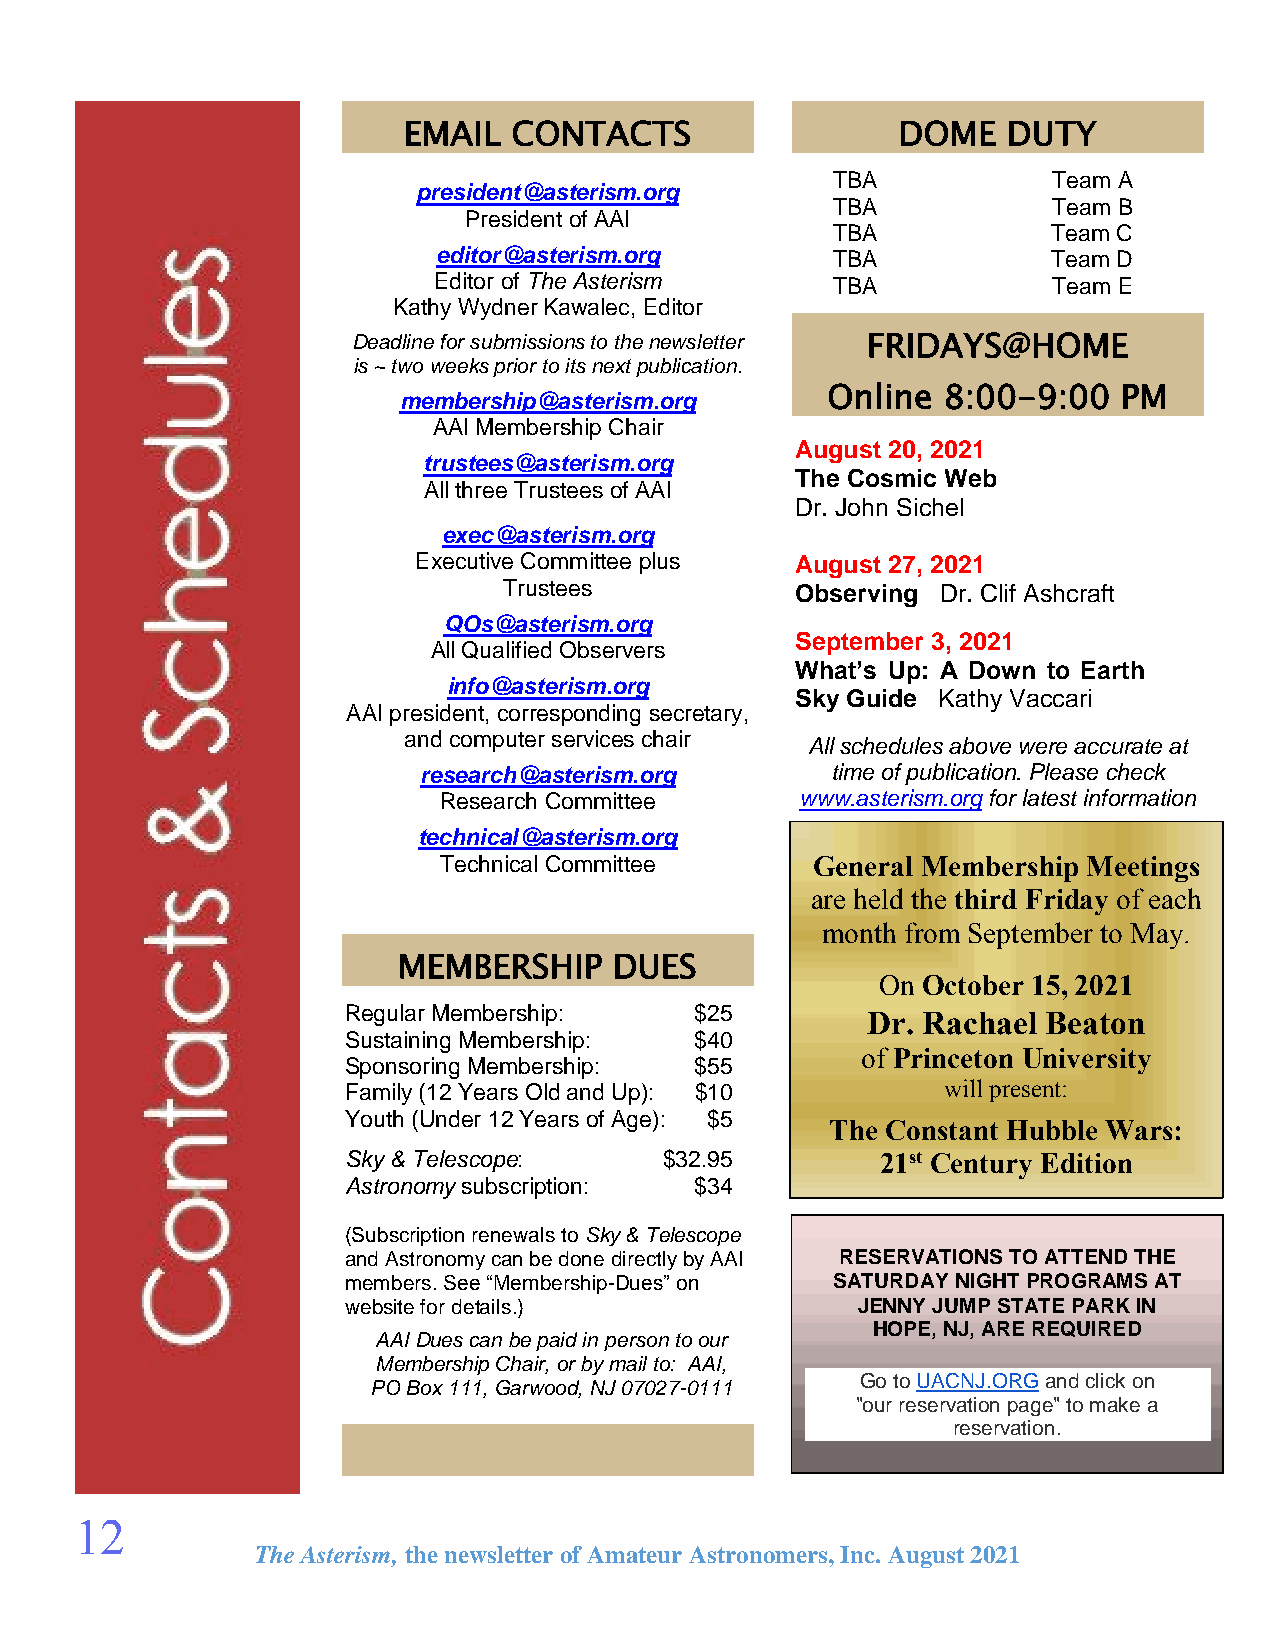
EMAIL  CONTACTS                 DOME    DUTY
 TBA            Team A
 president@asterism.org
 TBA            Team B
 President of AAI
 TBA            Team C
 editor@asterism.org       TBA            Team D
 Editor of The Asterism    TBA            Team E
 Kathy Wydner Kawalec, Editor
 Deadline for submissions to the newsletter FRIDAYS@HOME
 is ~ two weeks prior to its next publication.
 Online 8:00-9:00   PM
 membership@asterism.org
 AAI Membership Chair
 August 20, 2021
 trustees@asterism.org
 The Cosmic Web
 All three Trustees of AAI
 Dr. John Sichel
 exec@asterism.org
 Executive Committee plus  August 27, 2021
 Trustees            Observing Dr. Clif Ashcraft
 QOs@asterism.org
 September 3, 2021
 All Qualified Observers
 What’s Up: A Down to Earth
 info@asterism.org
 Sky Guide Kathy Vaccari
 AAI president, corresponding secretary,
 and computer services chair
 All schedules above were accurate at
 research@asterism.org      time of publication. Please check
 Research Committee      www.asterism.org for latest information
 technical@asterism.org
  
 Technical Committee      General Membership Meetings
 
 are held the third Friday of each
 month from September to May.
 MEMBERSHIP     DUES
 On October 15, 2021
 Regular Membership:    $25        Dr. Rachael Beaton
 Sustaining Membership: $40
 of Princeton University
 Sponsoring Membership: $55
 Family (12 Years Old and Up): $10       will present:
 Youth (Under 12 Years of Age): $5
 The Constant Hubble Wars:
 Sky & Telescope:     $32.95        21st Century Edition
 Astronomy subscription: $34
 (Subscription renewals to Sky & Telescope
 and Astronomy can be done directly by AAI RES EPRLVEATAIOSNES JTOO AINTT EUNSD! THE
 members. See “Membership-Dues” on SATURDAY NIGHT PROGRAMS AT
 website for details.)             JENNY JUMP STATE PARK IN
 HOPE, NJ, ARE REQUIRED
 AAI Dues can be paid in person to our
 Membership Chair, or by mail to: AAI,
 Go to UACNJ.ORG and click on
 PO Box 111, Garwood, NJ 07027-0111
 "our reservation page" to make a
 reservation.
 12
 The Asterism, the newsletter of Amateur Astronomers, Inc. August 2021